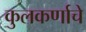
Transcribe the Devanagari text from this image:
कुलकर्णाचे